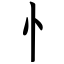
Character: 忄